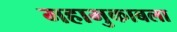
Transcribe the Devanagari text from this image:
महामुकाबला